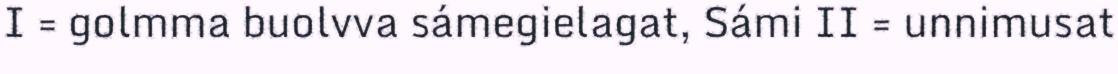
I = golmma buolvva sámegielagat, Sámi II = unnimusat